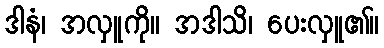
ဒါနံ၊ အလှူကို။ အဒါသိ၊ ပေးလှူ၏။